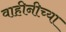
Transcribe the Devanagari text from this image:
वाहीनीच्या